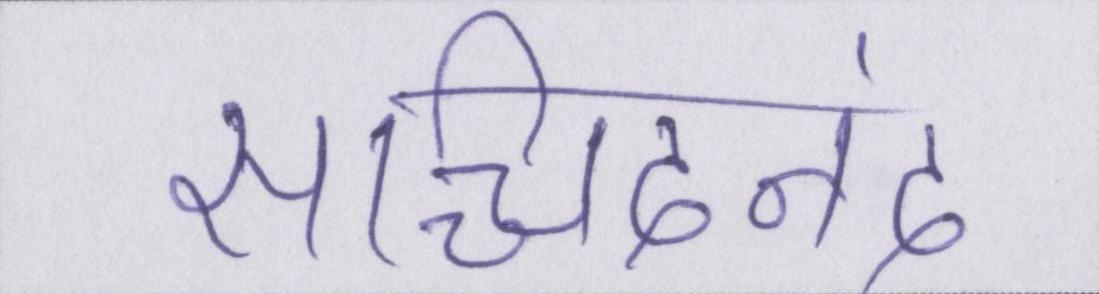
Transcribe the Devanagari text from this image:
सच्चिदानंद